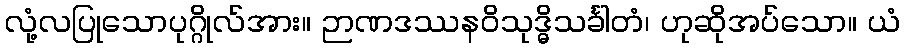
လုံ့လပြုသောပုဂ္ဂိုလ်အား။ ဉာဏဒဿနဝိသုဒ္ဓိသင်္ခါတံ၊ ဟုဆိုအပ်သော။ ယံ